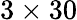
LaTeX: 3\times 30